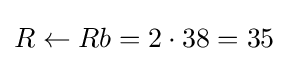
R\leftarrow Rb=2\cdot 38=35